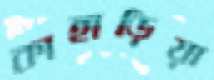
কাহাড়িয়া